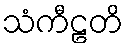
သံကီဠတိ